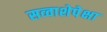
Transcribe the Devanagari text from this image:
सव्‍वाशेपेक्षा